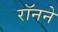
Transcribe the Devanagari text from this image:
रॉनने